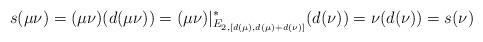
LaTeX: \begin{align*}s(\mu\nu)=(\mu\nu)(d(\mu\nu))=(\mu\nu)|^*_{E_{2,[d(\mu), d(\mu) + d(\nu)]}}(d(\nu))= \nu(d(\nu))=s(\nu)\end{align*}